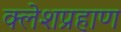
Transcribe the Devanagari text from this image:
क्लेशप्रहाण